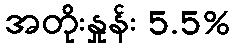
အတိုးနှုန်း 5.5%